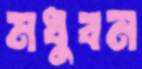
মধুবন